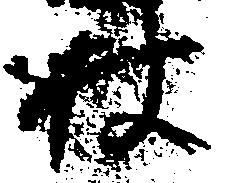
村